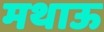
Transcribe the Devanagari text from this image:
मथाऊ